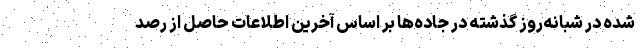
شده در شبانه‌روز گذشته در جاده‌ها‌ بر اساس آخرین اطلاعات حاصل از رصد